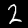
Digit: 2